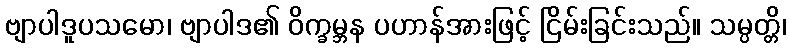
ဗျာပါဒူပသမော၊ ဗျာပါဒ၏ ဝိက္ခမ္ဘန ပဟာန်အားဖြင့် ငြိမ်းခြင်းသည်။ သမ္ပတ္တိ၊